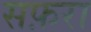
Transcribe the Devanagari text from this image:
सफ़रा